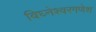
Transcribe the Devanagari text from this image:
विघ्नेश्वरगणेश